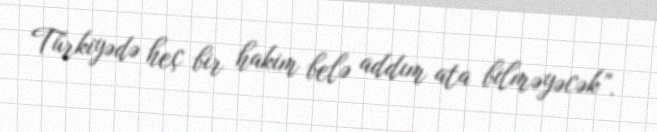
Türkiyədə heç bir hakim belə addım ata bilməyəcək”.